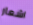
اشعار